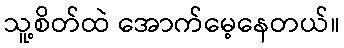
သူ့စိတ်ထဲ အောက်မေ့နေတယ်။